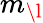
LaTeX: m_{\l}